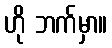
ဟို ဘက်မှာ။